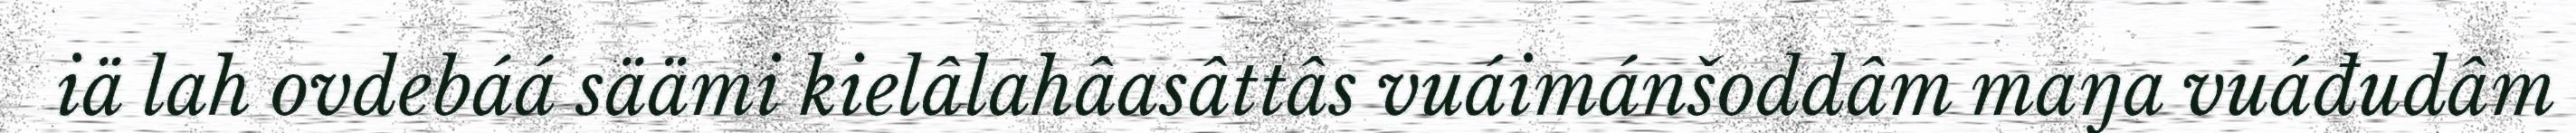
iä lah ovdebáá säämi kielâlahâasâttâs vuáimánšoddâm maŋa vuáđudâm